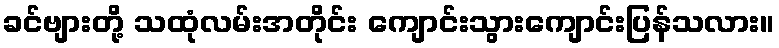
ခင်ဗျားတို့ သထုံလမ်းအတိုင်း ကျောင်းသွားကျောင်းပြန်သလား။